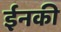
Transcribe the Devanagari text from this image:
ईनकी